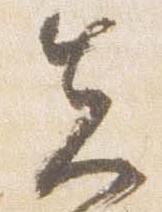
先